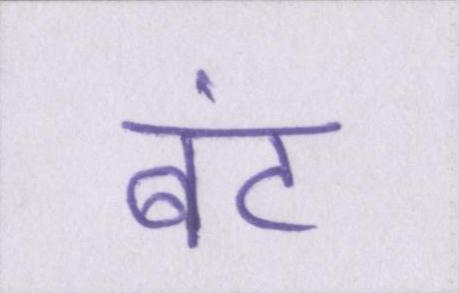
बंट